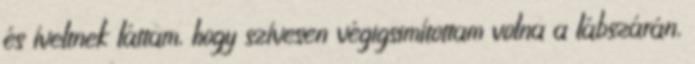
és íveltnek láttam, hogy szívesen végigsimítottam volna a lábszárán,